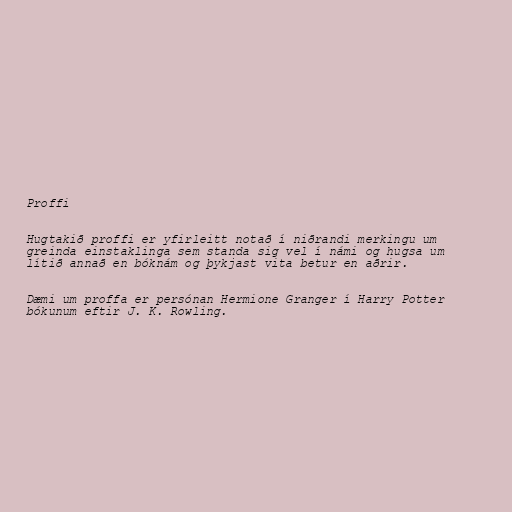
Proffi

Hugtakið proffi er yfirleitt notað í niðrandi merkingu um
greinda einstaklinga sem standa sig vel í námi og hugsa um
lítið annað en bóknám og þykjast vita betur en aðrir.

Dæmi um proffa er persónan Hermione Granger í Harry Potter
bókunum eftir J. K. Rowling.